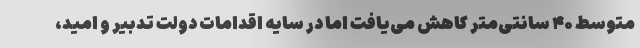
متوسط ۴۰ سانتی‌متر کاهش می‌یافت اما در سایه اقدامات دولت تدبیر و امید،